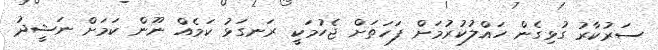
ސަރުކާރު ގުޅިގެން ހައްލުކުރުމަށް ފަހަތަށް ޖެހުމަކީ ރަނގަޅު ކަމެއް ނޫން ކަމަށް ނަޝީދު